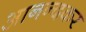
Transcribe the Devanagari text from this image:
आनन्दकर